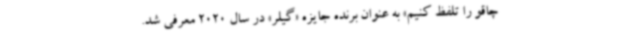
چاقو را تلفظ کنیم» به عنوان برنده جایزه «گیلر» در سال 2020 معرفی شد.